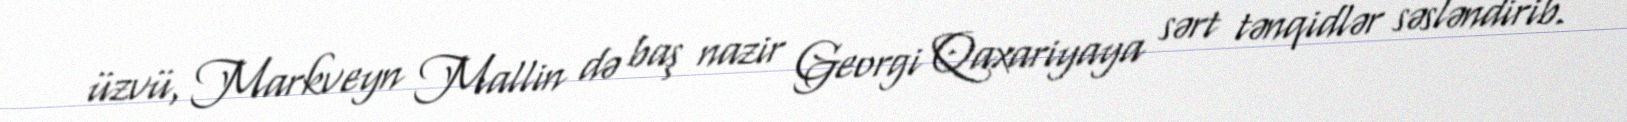
üzvü, Markveyn Mallin də baş nazir Georgi Qaxariyaya sərt tənqidlər səsləndirib.